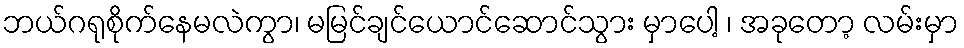
ဘယ်ဂရုစိုက်နေမလဲကွာ၊ မမြင်ချင်ယောင်ဆောင်သွား မှာပေါ့ ၊ အခုတော့ လမ်းမှာ